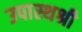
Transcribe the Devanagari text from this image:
उपास्थश्री